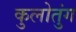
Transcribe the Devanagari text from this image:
कुलोतुंग